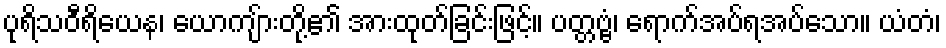
ပုရိသဝီရိယေန၊ ယောကျ်ားတို့၏ အားထုတ်ခြင်းဖြင့်။ ပတ္တဗ္ဗံ၊ ရောက်အပ်ရအပ်သော။ ယံတံ၊